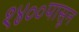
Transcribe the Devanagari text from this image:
१४००पासून